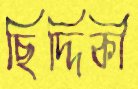
ছিদ্দিকী